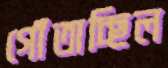
গোঁতাচ্ছিল